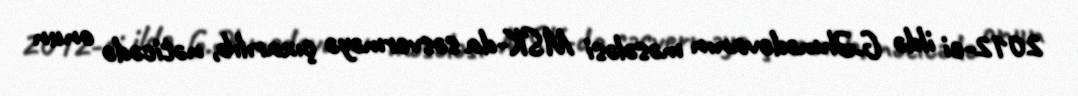
2012-ci ildə G.Əhmədovanın məsələsi MSK-da səsverməyə çıxarılıb, nəticədə onun